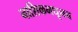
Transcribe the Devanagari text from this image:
नाशिकमधूनच